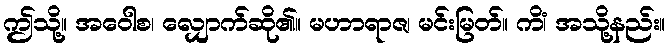
ဤသို့။ အဝေါစ၊ လျှောက်ဆို၏။ မဟာရာဇ၊ မင်းမြတ်။ ကိံ၊ အသို့နည်း။